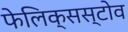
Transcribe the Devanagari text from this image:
फेलिक्सस्टोव